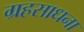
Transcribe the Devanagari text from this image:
ग्रहसाधना